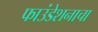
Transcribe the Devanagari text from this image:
फाउंडेशनाचा